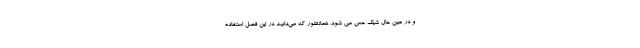
و در عین حال شیک حس می شود. همانطور که می‌دانید در این فصل استفاده